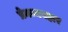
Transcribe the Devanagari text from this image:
प्रेमव्यवहार